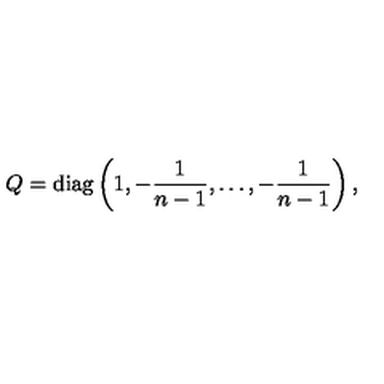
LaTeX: Q = \mathrm { d i a g } \left( 1 , - { \frac { 1 } { n - 1 } } , \ldots , - { \frac { 1 } { n - 1 } } \right) ,